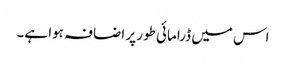
اس میں ڈرامائی طور پر اضافہ ہوا ہے۔